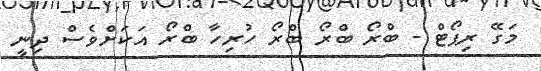
މަގޭ ރިޕޯޓް - ބްރޯ ބްރޯ ބްރޯ ހުރިހާ ބްރޯ އަކަށްވެސް ދިނީ